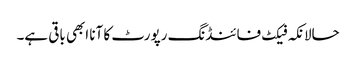
حالانکہ فیکٹ فائنڈنگ رپورٹ کا آنا ابھی باقی ہے۔